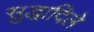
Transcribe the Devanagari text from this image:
सुद्धादिले